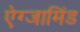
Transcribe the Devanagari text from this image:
ऐग्जामिंड